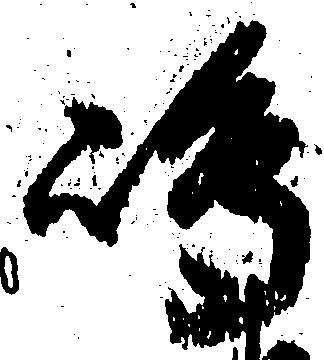
嶋